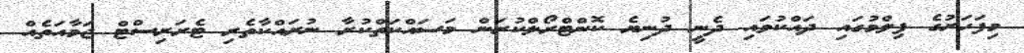
މިފަހަރުގެ ފިލްމުގައި ދައްކުވައި ދެނީ ދުނިޔެ ކޮންޓްރޯލްކުރަން މަސައްކަތްކުރާ ނުރައްކާތެރި ޓެރަރިސްޓް ޖަމާއަތެއް